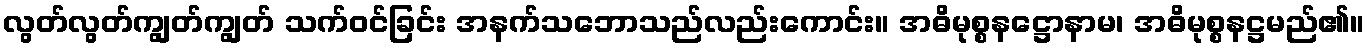
လွတ်လွတ်ကျွတ်ကျွတ် သက်ဝင်ခြင်း အနက်သဘောသည်လည်းကောင်း။ အဓိမုစ္စနဋ္ဌောနာမ၊ အဓိမုစ္စနဋ္ဌမည်၏။